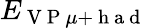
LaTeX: E_{\mathrm{~V~P~}\mu+\mathrm{~h~a~d~}}